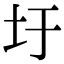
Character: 圩